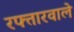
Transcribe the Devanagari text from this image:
रफ्तारवाले